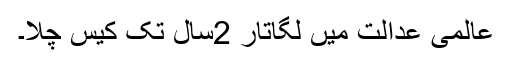
عالمی عدالت میں لگاتار 2سال تک کیس چلا۔